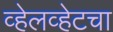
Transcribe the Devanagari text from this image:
व्हेलव्हेटचा